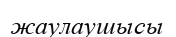
жаулаушысы